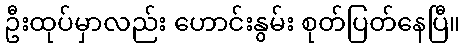
ဦးထုပ်မှာလည်း ဟောင်းနွမ်း စုတ်ပြတ်နေပြီ။